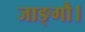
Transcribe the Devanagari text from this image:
जाङ्गौ।